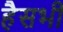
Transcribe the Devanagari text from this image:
हैसभी